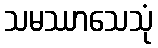
သမဿာသေသုံ